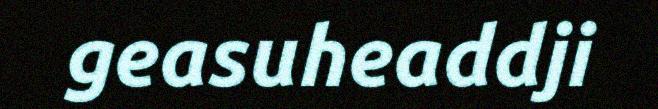
geasuheaddji